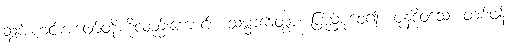
ဆွမ်းဟင်းအဖျော်တို့ကိုလည်းကောင်း။ သမ္မာဒေတွာ၊ ပြည့်စုံစေ၍။ ပုနဒိဝသေ၊ တစ်ဖန်